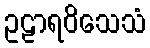
ဥဠာရဝိသေသံ